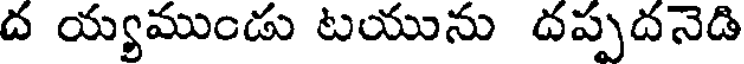
ద య్యముండు టయును దప్పదనెడి